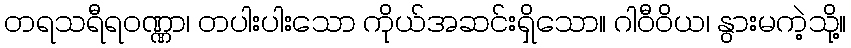
တရသရီရဝဏ္ဏာ၊ တပါးပါးသော ကိုယ်အဆင်းရှိသော။ ဂါဝီဝိယ၊ နွားမကဲ့သို့။